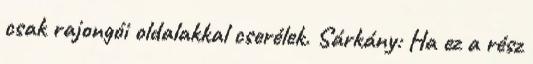
csak rajongói oldalakkal cserélek. Sárkány: Ha ez a rész